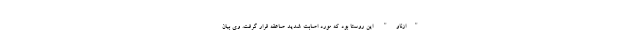
"ازناو" این روستا بود که مورد اصابت شدید صاعقه قرار گرفت. وی بیان‌